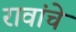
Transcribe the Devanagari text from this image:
रावांचे